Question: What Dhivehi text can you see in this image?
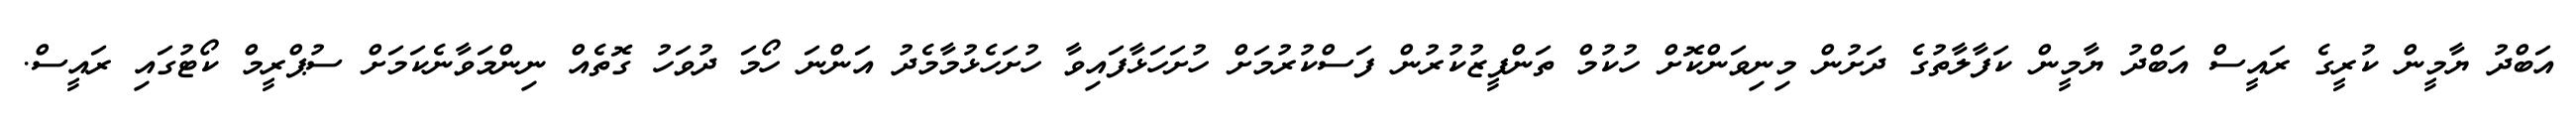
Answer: އަބްދު ޔާމީން ކުރީގެ ރައީސް އަބްދު ޔާމީން ކަފާލާތުގެ ދަށުން މިނިވަންކޮށް ހުކުމް ތަންފީޒުކުރުން ފަސްކުރުމަށް ހުށަހަޅާފައިވާ ހުށަހެޅުމާމެދު އަންނަ ހޯމަ ދުވަހު ގޮތެއް ނިންމަވާނެކަމަށް ސުޕްރީމް ކޯޓުގައި ރައީސް.